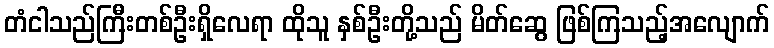
တံငါသည်ကြီးတစ်ဦးရှိလေရာ ထိုသူ နှစ်ဦးတို့သည် မိတ်ဆွေ ဖြစ်ကြသည့်အလျောက်